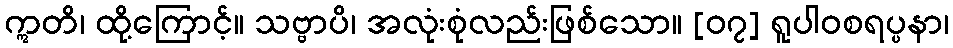
ဣတိ၊ ထို့ကြောင့်။ သဗ္ဗာပိ၊ အလုံးစုံလည်းဖြစ်သော။ [၀၇] ရူပါဝစရပ္ပနာ၊